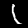
Digit: 1